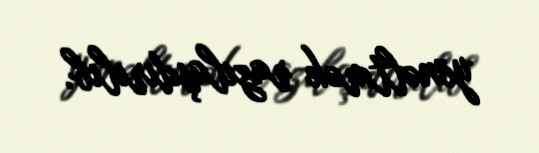
yönəltmək razılaşdırılıb.